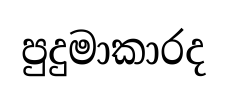
පුදුමාකාරද